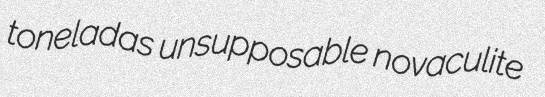
toneladas unsupposable novaculite